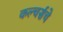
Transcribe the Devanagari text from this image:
कल्चर्सचे